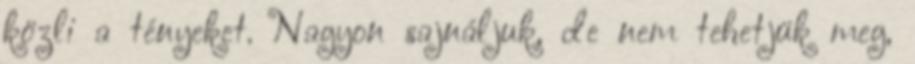
közli a tényeket. Nagyon sajnáljuk, de nem tehetjük meg,